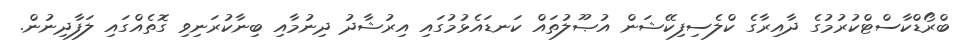
ބްރޯޑްކާސްޓްކުރުމުގެ ދާއިރާގެ ކްލެސިފިކޭޝަން އުޞޫލުތައް ކަނޑައެޅުމުގައި އިރުޝާދު ދިނުމާއި ބިނާކުރަނިވި ގޮތެއްގައި ލަފާދިނުން.